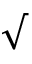
\sqrt { }